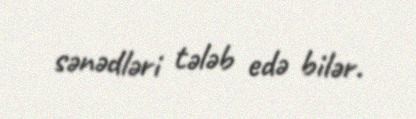
sənədləri tələb edə bilər.